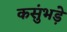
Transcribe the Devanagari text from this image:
कसुंभड़े